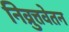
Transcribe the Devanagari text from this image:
निव्रुत्तवेतन